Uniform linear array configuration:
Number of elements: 16
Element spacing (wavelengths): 1
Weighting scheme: exponential
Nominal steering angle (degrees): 60
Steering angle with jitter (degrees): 58.3
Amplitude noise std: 0.05
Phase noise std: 0.05

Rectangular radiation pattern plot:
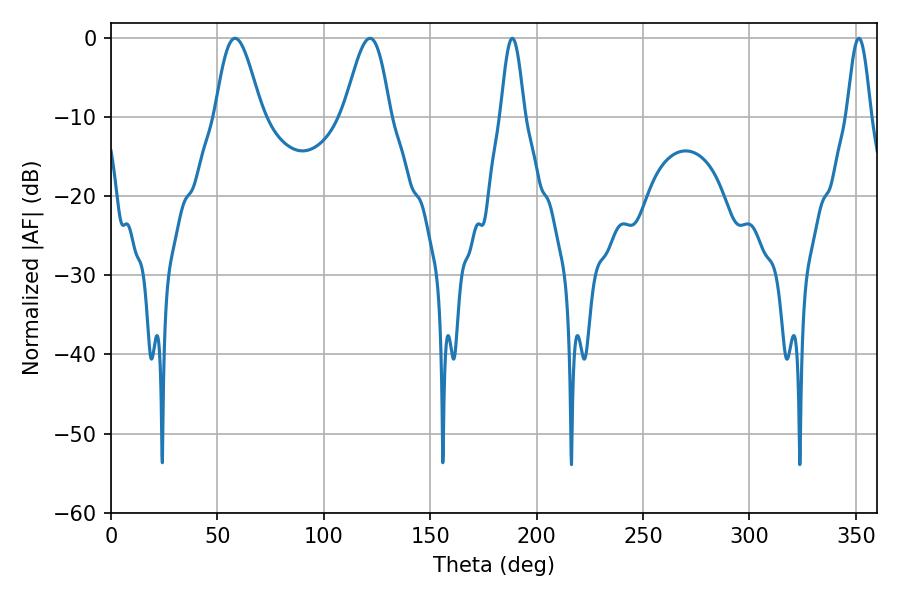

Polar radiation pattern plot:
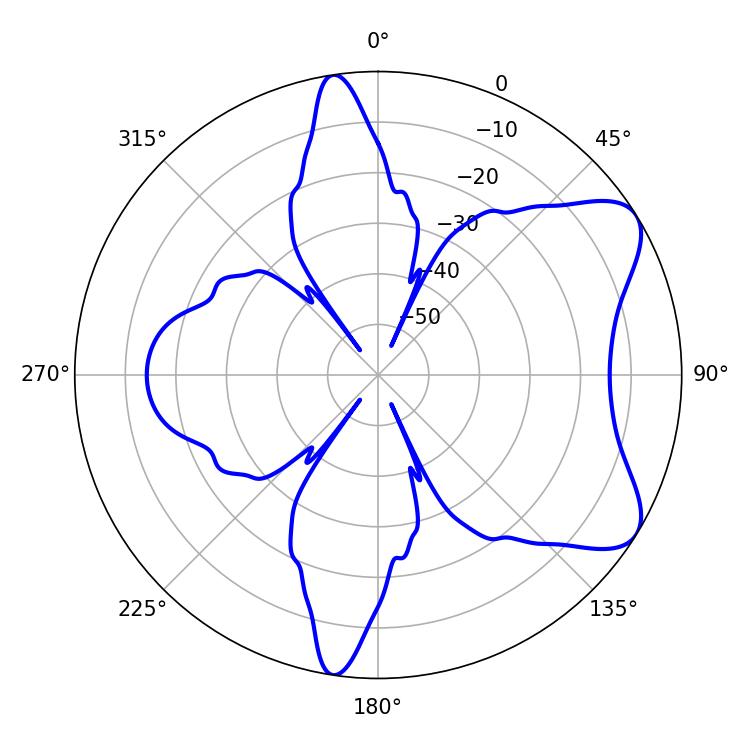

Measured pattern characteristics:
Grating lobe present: TRUE
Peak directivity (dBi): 7.36
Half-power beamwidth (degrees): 11.7
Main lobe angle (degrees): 58.32